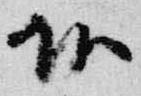
頭